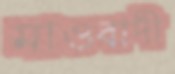
মাওবাদী